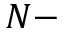
N -